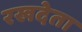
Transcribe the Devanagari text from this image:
रखदेता